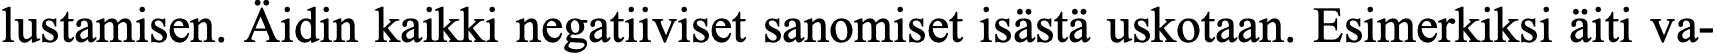
lustamisen. Äidin kaikki negatiiviset sanomiset isästä uskotaan. Esimerkiksi äiti va-